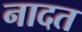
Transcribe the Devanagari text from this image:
नादत